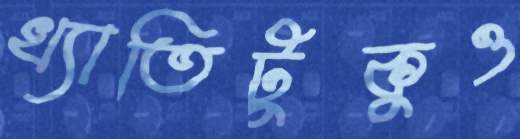
খ্যাতিটুকুও